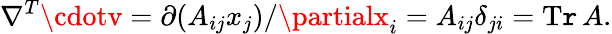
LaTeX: \nabla^{T}\cdotv=\partial(A_{ij}x_{j})/\partialx_{i}=A_{ij}\delta_{ji}=\operatorname{T\mathtt{r}}A.